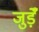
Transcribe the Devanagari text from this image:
जुड़ेँ